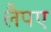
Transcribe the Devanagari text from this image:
लैपए